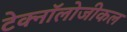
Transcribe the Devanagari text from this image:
टेक्नॉलोजीकल